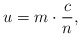
\begin{align*}u=m\cdot \frac cn\text,\end{align*}